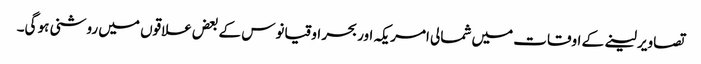
تصاویر لینے کے اوقات میں شمالی امریکہ اور بحر اوقیانوس کے بعض علاقوں میں روشنی ہو گی۔